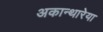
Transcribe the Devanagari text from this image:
अकान्थारेया